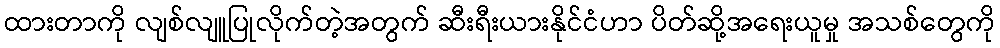
ထားတာကို လျစ်လျူပြုလိုက်တဲ့အတွက် ဆီးရီးယားနိုင်ငံဟာ ပိတ်ဆို့အရေးယူမှု အသစ်တွေကို